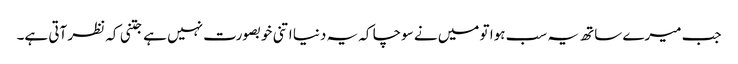
جب میرے ساتھ یہ سب ہوا تو میں نے سوچا کہ یہ دنیا اتنی خوبصورت نہیں ہے جتنی کہ نظر آتی ہے۔